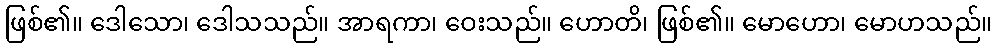
ဖြစ်၏။ ဒေါသော၊ ဒေါသသည်။ အာရကာ၊ ဝေးသည်။ ဟောတိ၊ ဖြစ်၏။ မောဟော၊ မောဟသည်။